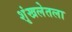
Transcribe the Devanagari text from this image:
शृंखलेतला